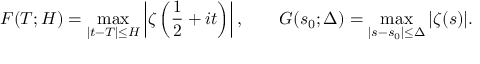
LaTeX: F ( T ; H ) = \operatorname* { m a x } _ { | t - T | \leq H } \left| \zeta \left( { \frac { 1 } { 2 } } + i t \right) \right| , \qquad G ( s _ { 0 } ; \Delta ) = \operatorname* { m a x } _ { | s - s _ { 0 } | \leq \Delta } | \zeta ( s ) | .